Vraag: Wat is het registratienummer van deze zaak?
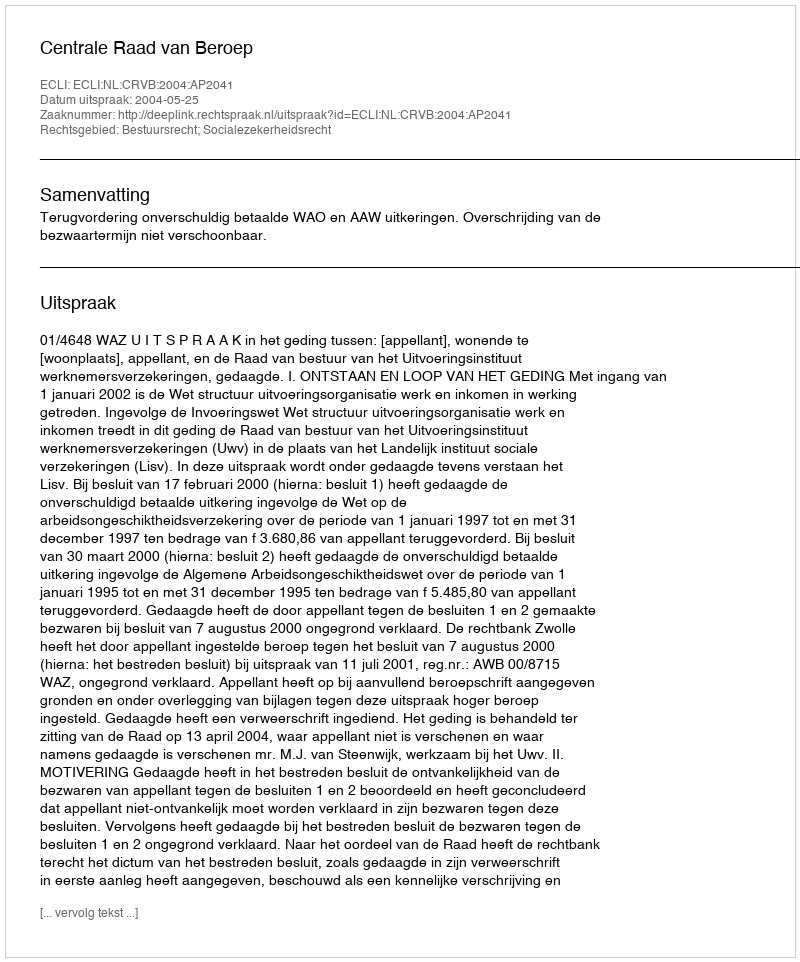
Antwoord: http://deeplink.rechtspraak.nl/uitspraak?id=ECLI:NL:CRVB:2004:AP2041